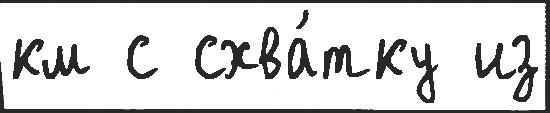
км с схва́тку из